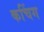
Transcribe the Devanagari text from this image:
कचिंग